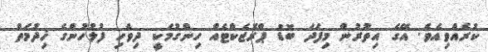
ކުރެއްވިއެވެ. އޭގެ އިތުރުން މިފަދަ ބޮޑު ޕްރޮޖެކްޓެއް ހިންގުމަކީ ދިވެހި ފުލުހުންގެ ޚިދުމަތް